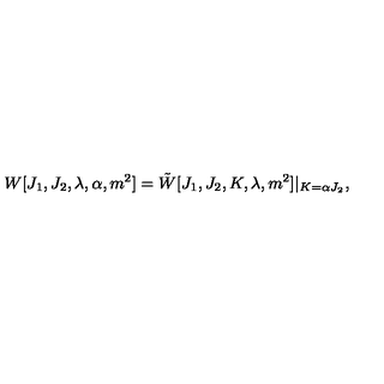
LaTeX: W [ J _ { 1 } , J _ { 2 } , \lambda , \alpha , m ^ { 2 } ] = \tilde { W } [ J _ { 1 } , J _ { 2 } , K , \lambda , m ^ { 2 } ] | _ { K = \alpha J _ { 2 } } ,